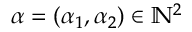
\alpha = ( \alpha _ { 1 } , \alpha _ { 2 } ) \in \mathbb { N } ^ { 2 }